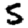
Digit: 5